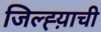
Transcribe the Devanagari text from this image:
जिल्ह्य़ाची